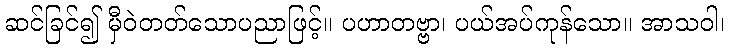
ဆင်ခြင်၍ မှီဝဲတတ်သောပညာဖြင့်။ ပဟာတဗ္ဗာ၊ ပယ်အပ်ကုန်သော။ အာသဝါ၊